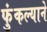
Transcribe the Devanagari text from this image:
फुंकल्याने